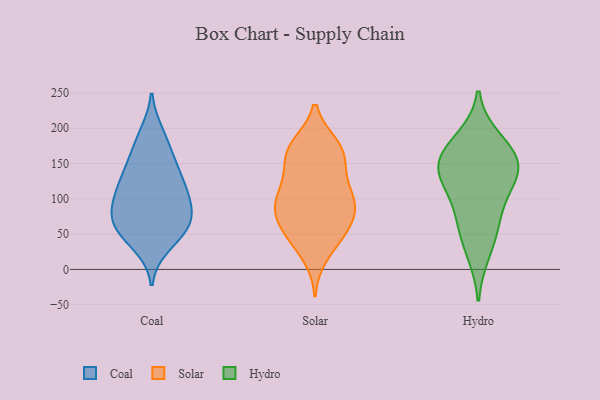
{"axis": {"x": "Gross Profit (USD K)", "y": "Value"}, "legend": ["Coal", "Hydro", "Solar"], "data": [{"x": "", "y": 151, "type": "Coal"}, {"x": "", "y": 34, "type": "Coal"}, {"x": "", "y": 184, "type": "Coal"}, {"x": "", "y": 104, "type": "Coal"}, {"x": "", "y": 66, "type": "Coal"}, {"x": "", "y": 193, "type": "Coal"}, {"x": "", "y": 137, "type": "Coal"}, {"x": "", "y": 109, "type": "Coal"}, {"x": "", "y": 97, "type": "Coal"}, {"x": "", "y": 66, "type": "Coal"}, {"x": "", "y": 43, "type": "Coal"}, {"x": "", "y": 68, "type": "Coal"}, {"x": "", "y": 110, "type": "Coal"}, {"x": "", "y": 128, "type": "Coal"}, {"x": "", "y": 62, "type": "Coal"}, {"x": "", "y": 156, "type": "Coal"}, {"x": "", "y": 61, "type": "Coal"}, {"x": "", "y": 87, "type": "Coal"}, {"x": "", "y": 161, "type": "Solar"}, {"x": "", "y": 174, "type": "Solar"}, {"x": "", "y": 47, "type": "Solar"}, {"x": "", "y": 101, "type": "Solar"}, {"x": "", "y": 85, "type": "Solar"}, {"x": "", "y": 80, "type": "Solar"}, {"x": "", "y": 165, "type": "Solar"}, {"x": "", "y": 53, "type": "Solar"}, {"x": "", "y": 144, "type": "Solar"}, {"x": "", "y": 87, "type": "Solar"}, {"x": "", "y": 19, "type": "Solar"}, {"x": "", "y": 43, "type": "Solar"}, {"x": "", "y": 79, "type": "Solar"}, {"x": "", "y": 136, "type": "Solar"}, {"x": "", "y": 115, "type": "Solar"}, {"x": "", "y": 176, "type": "Solar"}, {"x": "", "y": 106, "type": "Solar"}, {"x": "", "y": 100, "type": "Solar"}, {"x": "", "y": 60, "type": "Solar"}, {"x": "", "y": 175, "type": "Solar"}, {"x": "", "y": 23, "type": "Hydro"}, {"x": "", "y": 174, "type": "Hydro"}, {"x": "", "y": 150, "type": "Hydro"}, {"x": "", "y": 144, "type": "Hydro"}, {"x": "", "y": 113, "type": "Hydro"}, {"x": "", "y": 185, "type": "Hydro"}, {"x": "", "y": 148, "type": "Hydro"}, {"x": "", "y": 110, "type": "Hydro"}, {"x": "", "y": 65, "type": "Hydro"}, {"x": "", "y": 146, "type": "Hydro"}, {"x": "", "y": 62, "type": "Hydro"}]}